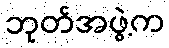
ဘုတ်အဖွဲ့က